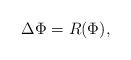
LaTeX: \begin{align*}\Delta \Phi=R(\Phi),\end{align*}